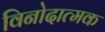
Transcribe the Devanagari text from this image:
विनोदात्मक